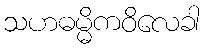
သဟဓမ္မိကဝိလေခါ